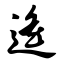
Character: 遥